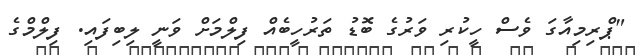
"ޕްރިމިއާގަ ވެސް ހީކުރި ވަރުގެ ބޮޑު ތަރުހީބެއް ފިލްމަށް ވަނީ ލިބިފައި. ފިލްމްގެ